Lunatic asylums Central Provinces reports 1895-1909 - 1895-1909
Year: 1895
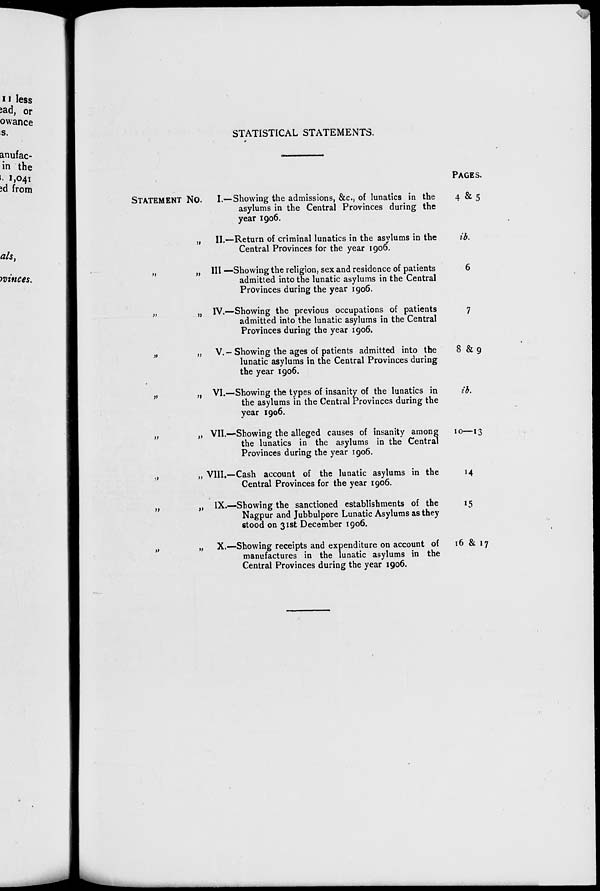
STATISTICAL STATEMENTS.
STATEMENT No.
I.—Showing the admissions, &c., of lunatics in the
asylums in the Central Provinces during the
year 1906.
„
II.—Return of criminal lunatics in the asylums in the
Central Provinces for the year 1906.
„
„ III —Showing the religion, sex and residence of patients
admitted into the lunatic asylums in the Central
Provinces during the year 1906.
„
„ IV.—Showing the previous occupations of patients
admitted into the lunatic asylums in the Central
Provinces during the year 1906.
„
„ V.-Showing the ages of patients admitted into the
lunatic asylums in the Central Provinces during
the year 1906.
„
„ VI.—Showing the types of insanity of the lunatics in
the asylums in the Central Provinces during the
year 1906.
„
„ VII.—Showing the alleged causes of insanity among
the lunatics in the asylums in the Central
Provinces during the year 1906.
„
„ VIII.—Cash account of the lunatic asylums in the
Central Provinces for the year 1906.
„
„ IX.—Showing the sanctioned establishments of the
Nagpur and Jubbulpore Lunatic Asylums as they
stood on 31st December 1906.
„
„ X.—Showing receipts and expenditure on account of
manufactures in the lunatic asylums in the
Central Provinces during the year 1906.
PAGES.
4 & 5
ib.
6
7
8 & 9
ib.
10—13
14
15
16 & 17